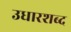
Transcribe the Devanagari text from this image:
उधारशब्द